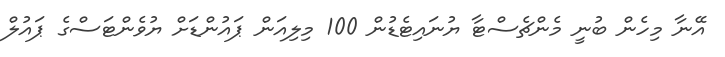
އޭނާ މިހެން ބުނީ މެންޗެސްޓާ ޔުނައިޓެޑުން 100 މިލިއަން ޕައުންޑަށް ޔުވެންޓަސްގެ ޕައުލް